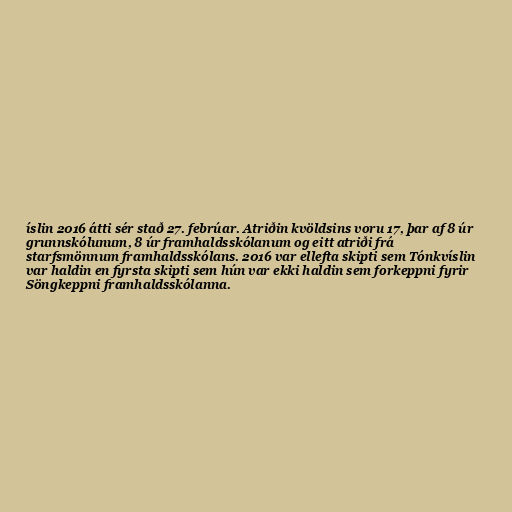
íslin 2016 átti sér stað 27. febrúar. Atriðin kvöldsins voru 17, þar af 8 úr
grunnskólunum, 8 úr framhaldsskólanum og eitt atriði frá
starfsmönnum framhaldsskólans. 2016 var ellefta skipti sem Tónkvíslin
var haldin en fyrsta skipti sem hún var ekki haldin sem forkeppni fyrir
Söngkeppni framhaldsskólanna.